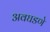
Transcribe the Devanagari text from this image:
अवघडणे